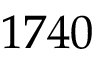
1 7 4 0